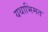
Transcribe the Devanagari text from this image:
यथाभिमत